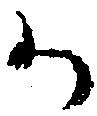
か